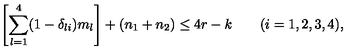
\left[ \sum _ { l = 1 } ^ { 4 } ( 1 - \delta _ { l i } ) m _ { l } \right] + ( n _ { 1 } + n _ { 2 } ) \le 4 r - k \qquad ( i = 1 , 2 , 3 , 4 ) ,